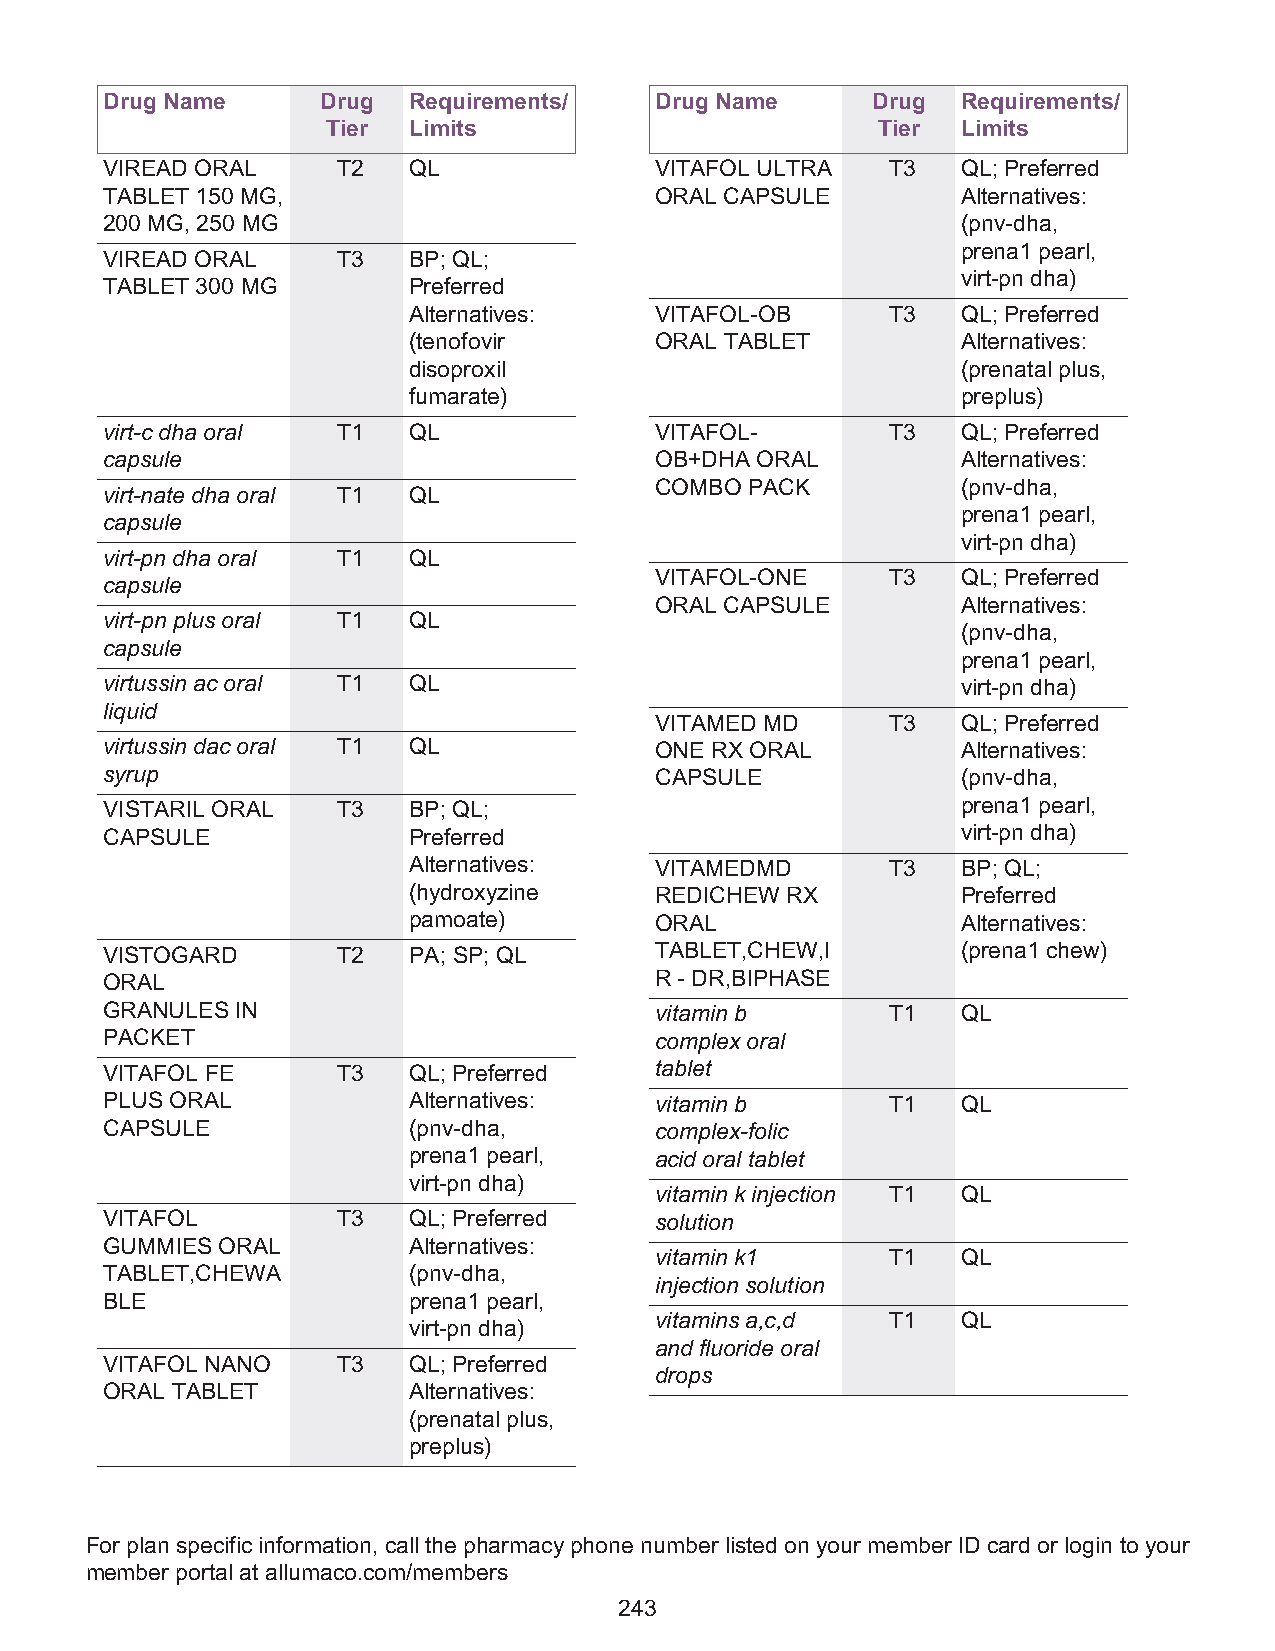
Drug Name     Drug  Requirements/   Drug Name      Drug  Requirements/
 Tier Limits                         Tier  Limits
 VIREAD ORAL    T2   QL              VITAFOL ULTRA   T3   QL; Preferred
 TABLET 150 MG,                      ORAL CAPSULE         Alternatives:
 200 MG, 250 MG                                           (pnv-dha,
 prena1 pearl,
 VIREAD ORAL    T3   BP; QL;
 virt-pn dha)
 TABLET 300 MG       Preferred
 Alternatives:   VITAFOL-OB      T3   QL; Preferred
 (tenofovir      ORAL TABLET          Alternatives:
 disoproxil                           (prenatal plus,
 fumarate)                            preplus)
 virt-c dha oral T1  QL              VITAFOL-        T3   QL; Preferred
 capsule                             OB+DHA ORAL          Alternatives:
 COMBO  PACK          (pnv-dha,
 virt-nate dha oral T1 QL
 prena1 pearl,
 capsule
 virt-pn dha)
 virt-pn dha oral T1 QL
 VITAFOL-ONE     T3   QL; Preferred
 capsule
 ORAL CAPSULE         Alternatives:
 virt-pn plus oral T1 QL
 (pnv-dha,
 capsule
 prena1 pearl,
 virtussin ac oral T1 QL                                  virt-pn dha)
 liquid
 VITAMED MD      T3   QL; Preferred
 virtussin dac oral T1 QL            ONE RX ORAL          Alternatives:
 syrup                               CAPSULE              (pnv-dha,
 VISTARIL ORAL  T3   BP; QL;                              prena1 pearl,
 CAPSULE             Preferred                            virt-pn dha)
 Alternatives:   VITAMEDMD       T3   BP; QL;
 (hydroxyzine    REDICHEW RX          Preferred
 pamoate)        ORAL                 Alternatives:
 VISTOGARD      T2   PA; SP; QL      TABLET,CHEW,I        (prena1 chew)
 ORAL                                R - DR,BIPHASE
 GRANULES IN                         vitamin b       T1   QL
 PACKET                              complex oral
 VITAFOL FE     T3   QL; Preferred   tablet
 PLUS ORAL           Alternatives:   vitamin b       T1   QL
 CAPSULE             (pnv-dha,       complex-folic
 prena1 pearl,   acid oral tablet
 virt-pn dha)
 vitamin k injection T1 QL
 VITAFOL        T3   QL; Preferred   solution
 GUMMIES ORAL        Alternatives:
 vitamin k1      T1   QL
 TABLET,CHEWA        (pnv-dha,
 injection solution
 BLE                 prena1 pearl,
 vitamins a,c,d  T1   QL
 virt-pn dha)
 and fluoride oral
 VITAFOL NANO   T3   QL; Preferred
 drops
 ORAL TABLET         Alternatives:
 (prenatal plus,
 preplus)
 For plan specific information, call the pharmacy phone number listed on your member ID card or login to your
 member portal at allumaco.com/members
 243